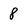
Character: 8